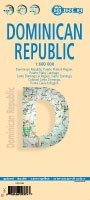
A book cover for Republica Dominicana (Berndtson Folded Map); Berndtson & Berndtson; Travel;